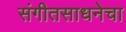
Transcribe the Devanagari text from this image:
संगीतसाधनेचा